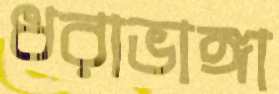
ধরাভাঙ্গা